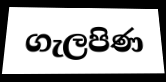
ගැලපිණ